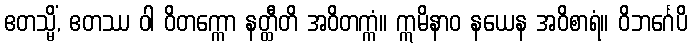
ဧတသ္မိံ, ဧတဿ ဝါ ဝိတက္ကော နတ္ထီတိ အဝိတက္ကံ။ ဣမိနာဝ နယေန အဝိစာရံ။ ဝိဘင်္ဂေပိ